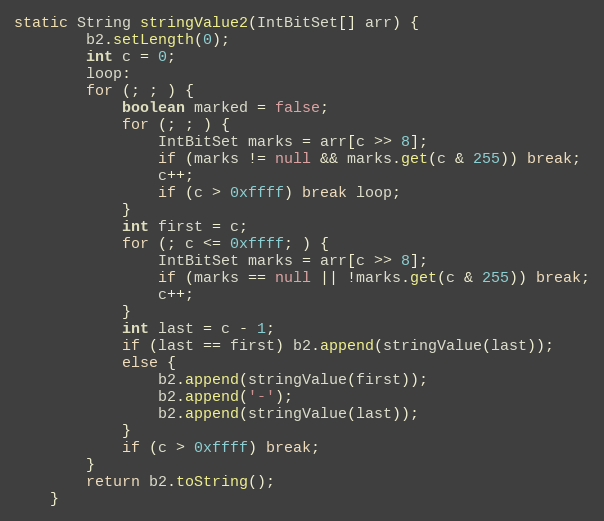
Language: Java
static String stringValue2(IntBitSet[] arr) {
        b2.setLength(0);
        int c = 0;
        loop:
        for (; ; ) {
            boolean marked = false;
            for (; ; ) {
                IntBitSet marks = arr[c >> 8];
                if (marks != null && marks.get(c & 255)) break;
                c++;
                if (c > 0xffff) break loop;
            }
            int first = c;
            for (; c <= 0xffff; ) {
                IntBitSet marks = arr[c >> 8];
                if (marks == null || !marks.get(c & 255)) break;
                c++;
            }
            int last = c - 1;
            if (last == first) b2.append(stringValue(last));
            else {
                b2.append(stringValue(first));
                b2.append('-');
                b2.append(stringValue(last));
            }
            if (c > 0xffff) break;
        }
        return b2.toString();
    }